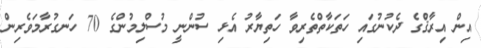
އިން އިރާޤްުގެ ދެކުނުގައި ހަތަކާތްތެރިވާ ހަތިޔާރު އެޅި ސުންނީ މުސްލިމުންގެ 70 ހަނގުރާމަވެރިން